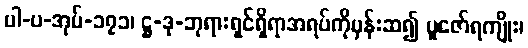
ပါ-ပ-အုပ်-၁၇၁၊ ဋ္ဌ-ဒု-ဘုရားရှင်ရှိရာအရပ်ကိုမှန်းဆ၍ ပူဇော်ရကျိုး၊